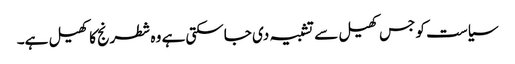
سیاست کو جس کھیل سے تشبیہ دی جاسکتی ہے وہ شطرنج کا کھیل ہے۔